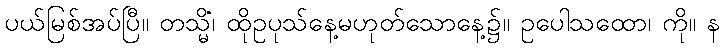
ပယ်မြစ်အပ်ပြီ။ တသ္မိံ၊ ထိုဥပုသ်နေ့မဟုတ်သောနေ့၌။ ဥပေါသထော၊ ကို။ န